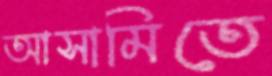
আসামিতে